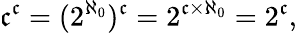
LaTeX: {\mathfrak{c}}^{\mathfrak{c}}=(2^{\aleph_{0}})^{\mathfrak{c}}=2^{{\mathfrak{c}}\times\aleph_{0}}=2^{\mathfrak{c}},